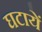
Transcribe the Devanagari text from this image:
घटायें